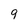
Character: 9